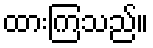
ထားကြသည်။